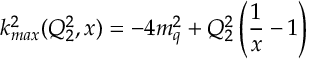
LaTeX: k _ { m a x } ^ { 2 } ( Q _ { 2 } ^ { 2 } , x ) = - 4 m _ { q } ^ { 2 } + Q _ { 2 } ^ { 2 } \left( { \frac { 1 } { x } } - 1 \right)